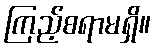
ကြည့်စရာမရှိ။